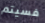
فسيتم